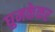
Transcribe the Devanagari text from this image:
घुमकेकर